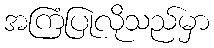
အကြံပြုလိုသည်မှာ